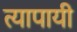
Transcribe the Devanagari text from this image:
त्यापायी